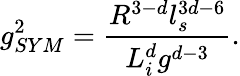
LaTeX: g_{SYM}^{2}=\frac{R^{3-d}l_{s}^{3d-6}}{L_{i}^{d}g^{d-3}}.